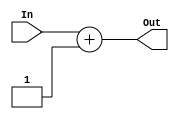
module Adder(In, Out);
	
	input [7:0] In;
	output [7:0] Out;
	
	assign Out = In + 1;

endmodule